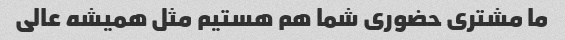
ما مشتری حضوری شما هم هستیم مثل همیشه عالی